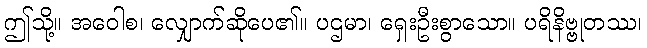
ဤသို့။ အဝေါစ၊ လျှောက်ဆိုပေ၏။ ပဌမာ၊ ရှေးဦးစွာသော။ ပရိနိဗ္ဗုတဿ၊